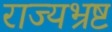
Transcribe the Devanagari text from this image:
राज्यभ्रष्ट